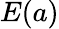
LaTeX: E(a)